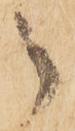
御